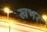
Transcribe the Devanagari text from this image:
खभर